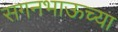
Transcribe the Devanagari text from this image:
सगनभाऊच्या